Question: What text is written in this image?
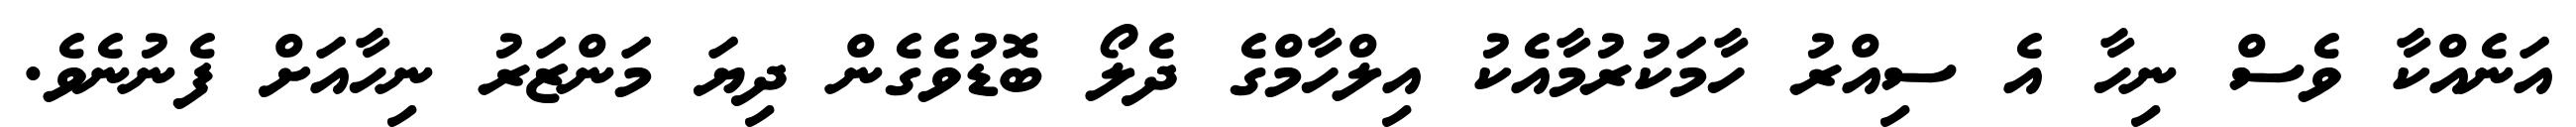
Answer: އަނެއްކާ ވެސް ނިހާ އެ ސިއްރު ހާމަކުރުމާއެކު އިލްހާމްގެ ދެލޯ ބޮޑުވެގެން ދިޔަ މަންޒަރު ނިހާއަށް ފެނުނެވެ.